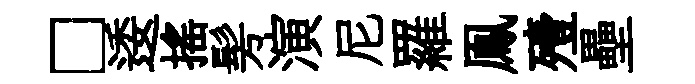
□逶揺髣演尼羅鳯殪壘